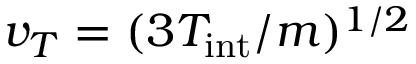
v _ { T } = ( 3 T _ { \mathrm { i n t } } / m ) ^ { 1 / 2 }